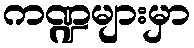
ကဏ္ဍများမှာ